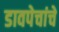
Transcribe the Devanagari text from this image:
डावपेचांचे